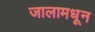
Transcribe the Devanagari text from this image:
जालामधून